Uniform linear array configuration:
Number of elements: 24
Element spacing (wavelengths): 0.25
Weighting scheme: binomial
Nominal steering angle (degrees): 45
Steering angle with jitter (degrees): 43.727
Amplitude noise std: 0.05
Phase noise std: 0.05

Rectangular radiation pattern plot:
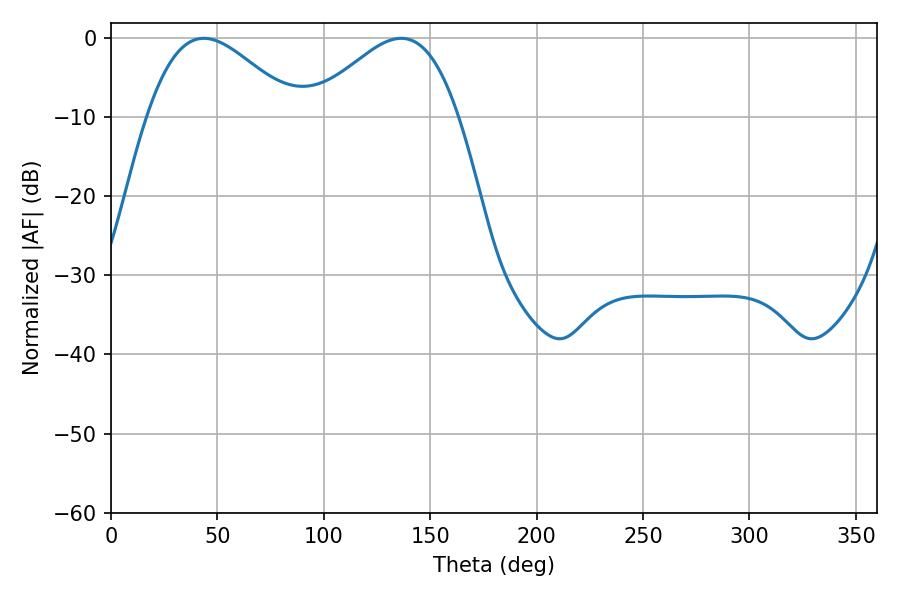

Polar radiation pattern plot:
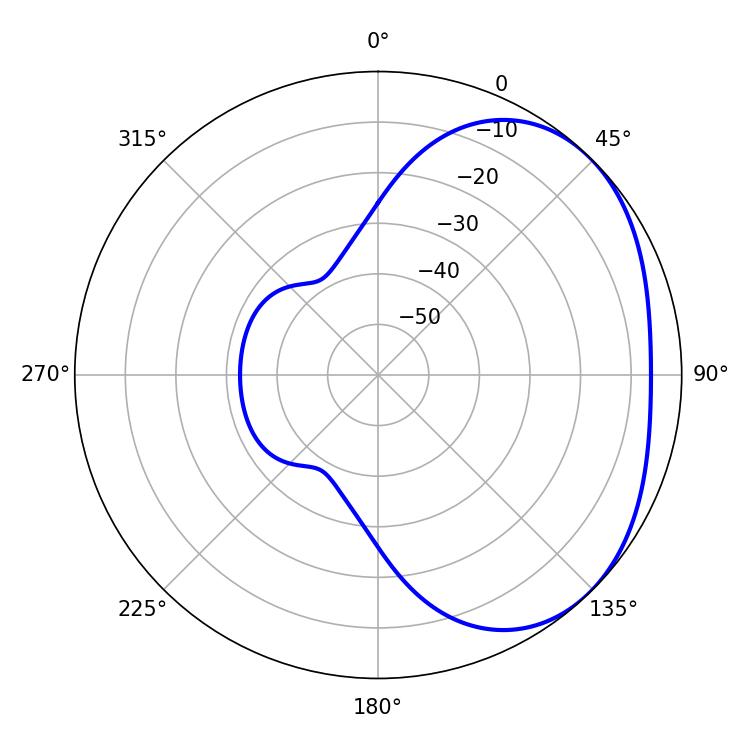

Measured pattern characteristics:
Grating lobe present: FALSE
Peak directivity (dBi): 2.767
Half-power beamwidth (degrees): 37.26
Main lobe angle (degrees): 43.56